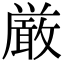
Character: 厳